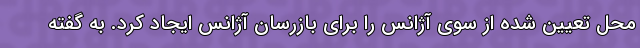
محل تعیین شده از سوی آژانس را برای بازرسان آژانس ایجاد کرد. به گفته